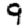
Digit: 9